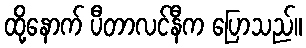
ထို့နောက် ပီတာလင်နီက ပြောသည်။